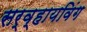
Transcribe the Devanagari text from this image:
सर्व्हायविंग